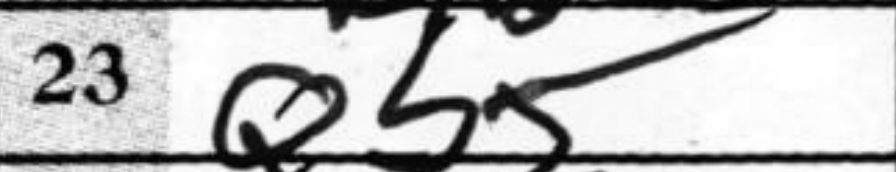
Transcription: Qb5